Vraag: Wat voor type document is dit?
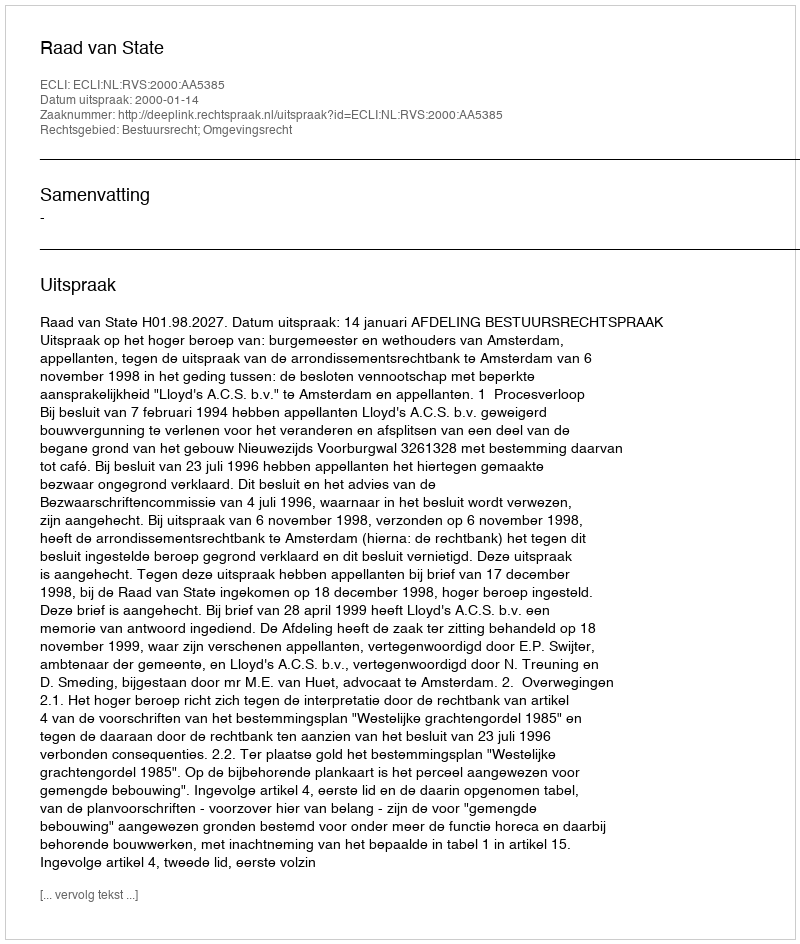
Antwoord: Uitspraak